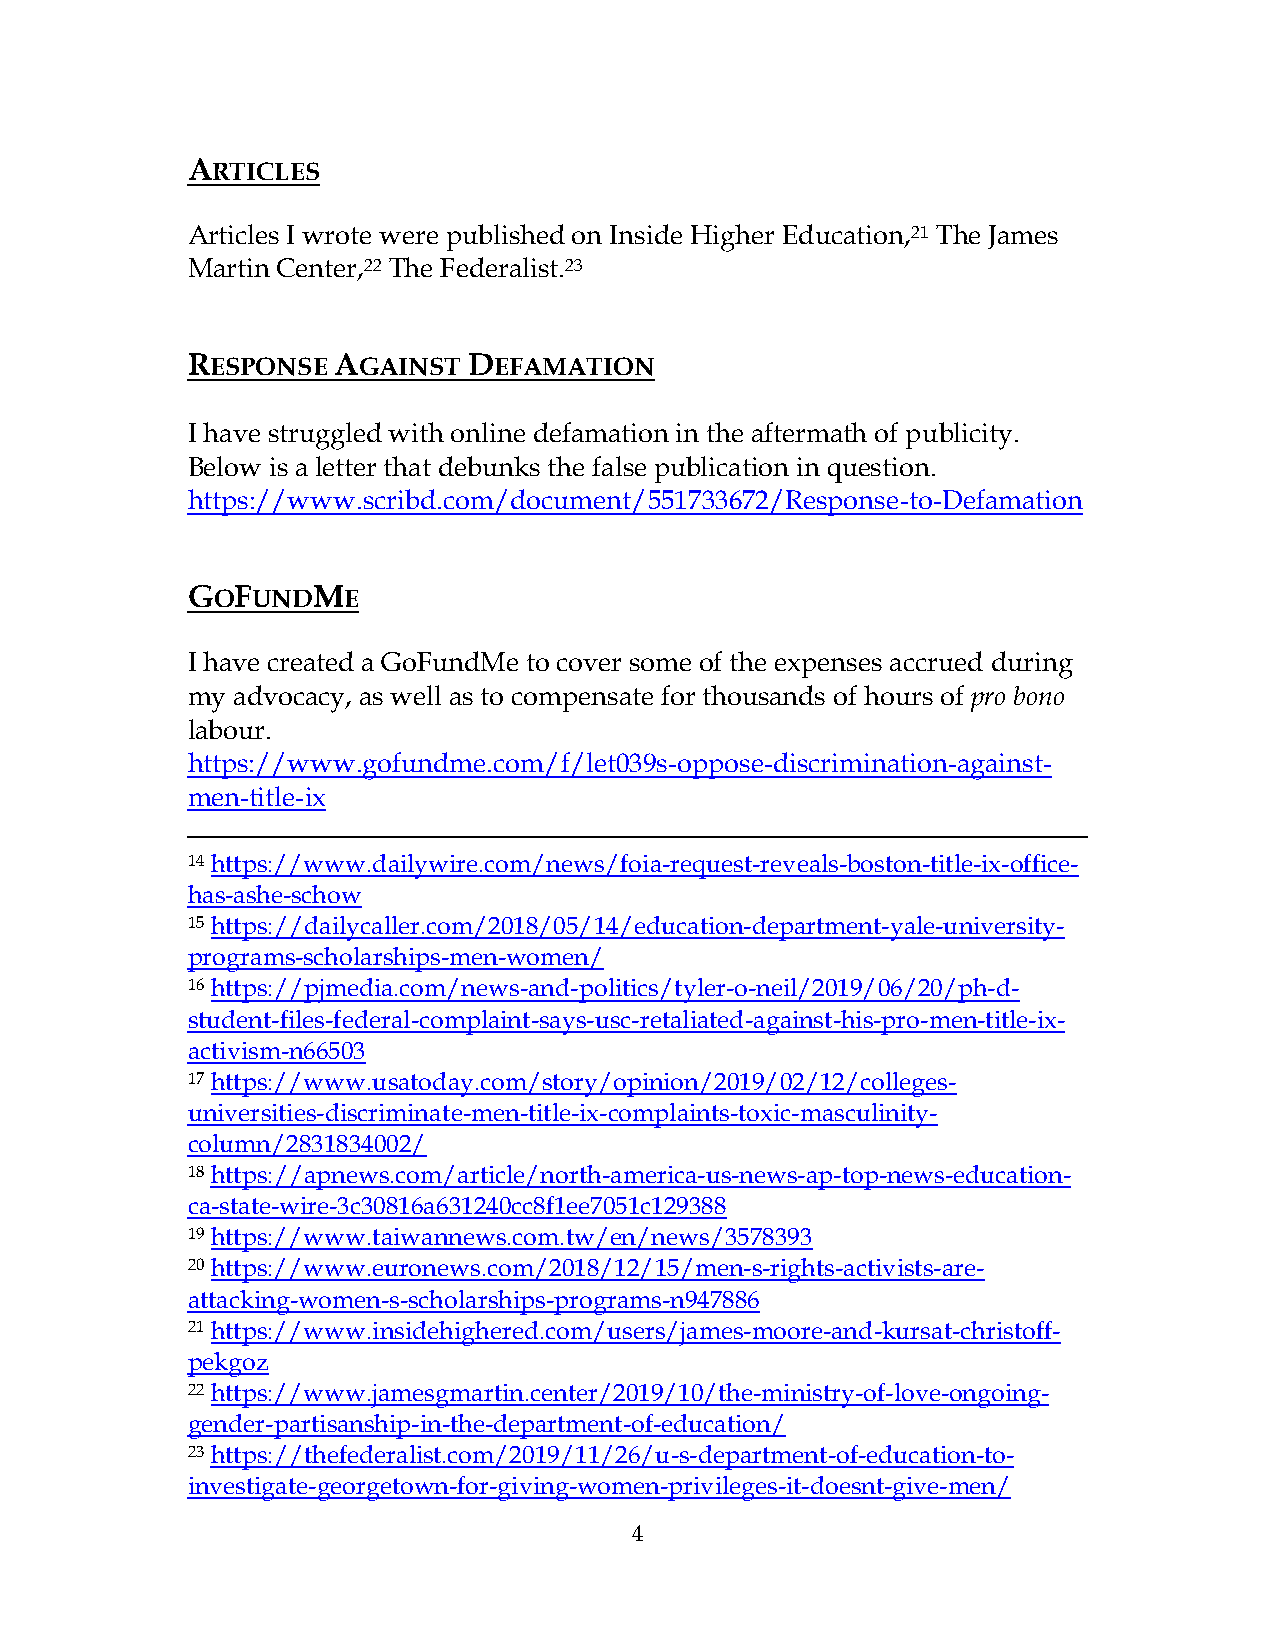
ARTICLES
 Articles I wrote were published on Inside Higher Education,21 The James
 Martin Center,22 The Federalist.23
 RESPONSE  AGAINST  DEFAMATION
 I have struggled with online defamation in the aftermath of publicity.
 Below is a letter that debunks the false publication in question.
 https://www.scribd.com/document/551733672/Response-to-Defamation
 GOFUNDME
 I have created a GoFundMe to cover some of the expenses accrued during
 my advocacy, as well as to compensate for thousands of hours of pro bono
 labour.
 https://www.gofundme.com/f/let039s-oppose-discrimination-against-
 men-title-ix
 14 https://www.dailywire.com/news/foia-request-reveals-boston-title-ix-office-
 has-ashe-schow
 15 https://dailycaller.com/2018/05/14/education-department-yale-university-
 programs-scholarships-men-women/
 16 https://pjmedia.com/news-and-politics/tyler-o-neil/2019/06/20/ph-d-
 student-files-federal-complaint-says-usc-retaliated-against-his-pro-men-title-ix-
 activism-n66503
 17 https://www.usatoday.com/story/opinion/2019/02/12/colleges-
 universities-discriminate-men-title-ix-complaints-toxic-masculinity-
 column/2831834002/
 18 https://apnews.com/article/north-america-us-news-ap-top-news-education-
 ca-state-wire-3c30816a631240cc8f1ee7051c129388
 19 https://www.taiwannews.com.tw/en/news/3578393
 20 https://www.euronews.com/2018/12/15/men-s-rights-activists-are-
 attacking-women-s-scholarships-programs-n947886
 21 https://www.insidehighered.com/users/james-moore-and-kursat-christoff-
 pekgoz
 22 https://www.jamesgmartin.center/2019/10/the-ministry-of-love-ongoing-
 gender-partisanship-in-the-department-of-education/
 23 https://thefederalist.com/2019/11/26/u-s-department-of-education-to-
 investigate-georgetown-for-giving-women-privileges-it-doesnt-give-men/
 4